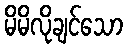
မိမိလိုချင်သော